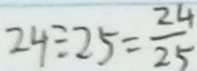
2 4 \div 2 5 = \frac { 2 4 } { 2 5 }